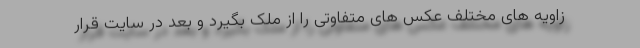
زاویه های مختلف عکس های متفاوتی را از ملک بگیرد و بعد در سایت قرار